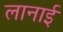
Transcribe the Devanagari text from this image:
लानाई